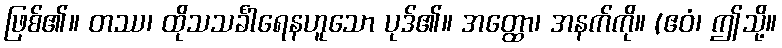
ဖြစ်၏။ တဿ၊ ထိုသသင်္ခါရေနဟူသော ပုဒ်၏။ အတ္ထော၊ အနက်ကို။ (ဧဝံ၊ ဤသို့။